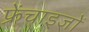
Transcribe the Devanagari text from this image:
फ्रेंचाइजों